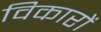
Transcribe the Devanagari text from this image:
विकारों